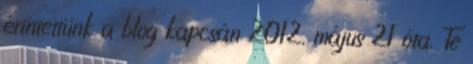
érintettünk a blog kapcsán 2012. május 21 óta. Te